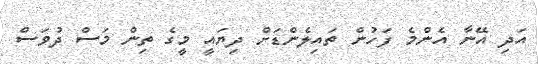
އަދި އޭނާ އެންމެ ފަހުން ތައިލެންޑަށް ދިޔައީ މީގެ ތިން މަސް ދުވަސް